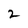
Character: 2